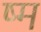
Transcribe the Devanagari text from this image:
ष्म